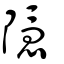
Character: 隱